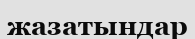
жазатындар